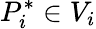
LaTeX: P_{i}^{*}\in V_{i}